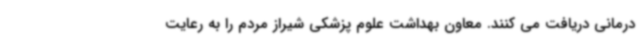
درمانی دریافت می کنند. معاون بهداشت علوم پزشکی شیراز مردم را به رعایت